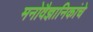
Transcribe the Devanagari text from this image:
मनोवैज्ञानिकांचे